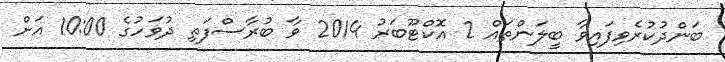
ބަންދުކުރެވިފައިވާ ބީލަންތައް 2 އޮކްޓޫބަރު 2014 ވާ ބުރާސްފަތި ދުވަހުގެ 10:00 އަށް